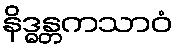
နိဒ္ဓန္တကသာဝံ